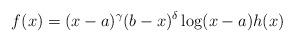
LaTeX: \begin{align*}f(x)=(x-a)^{\gamma}(b-x)^{\delta} \log(x-a) h(x)\end{align*}